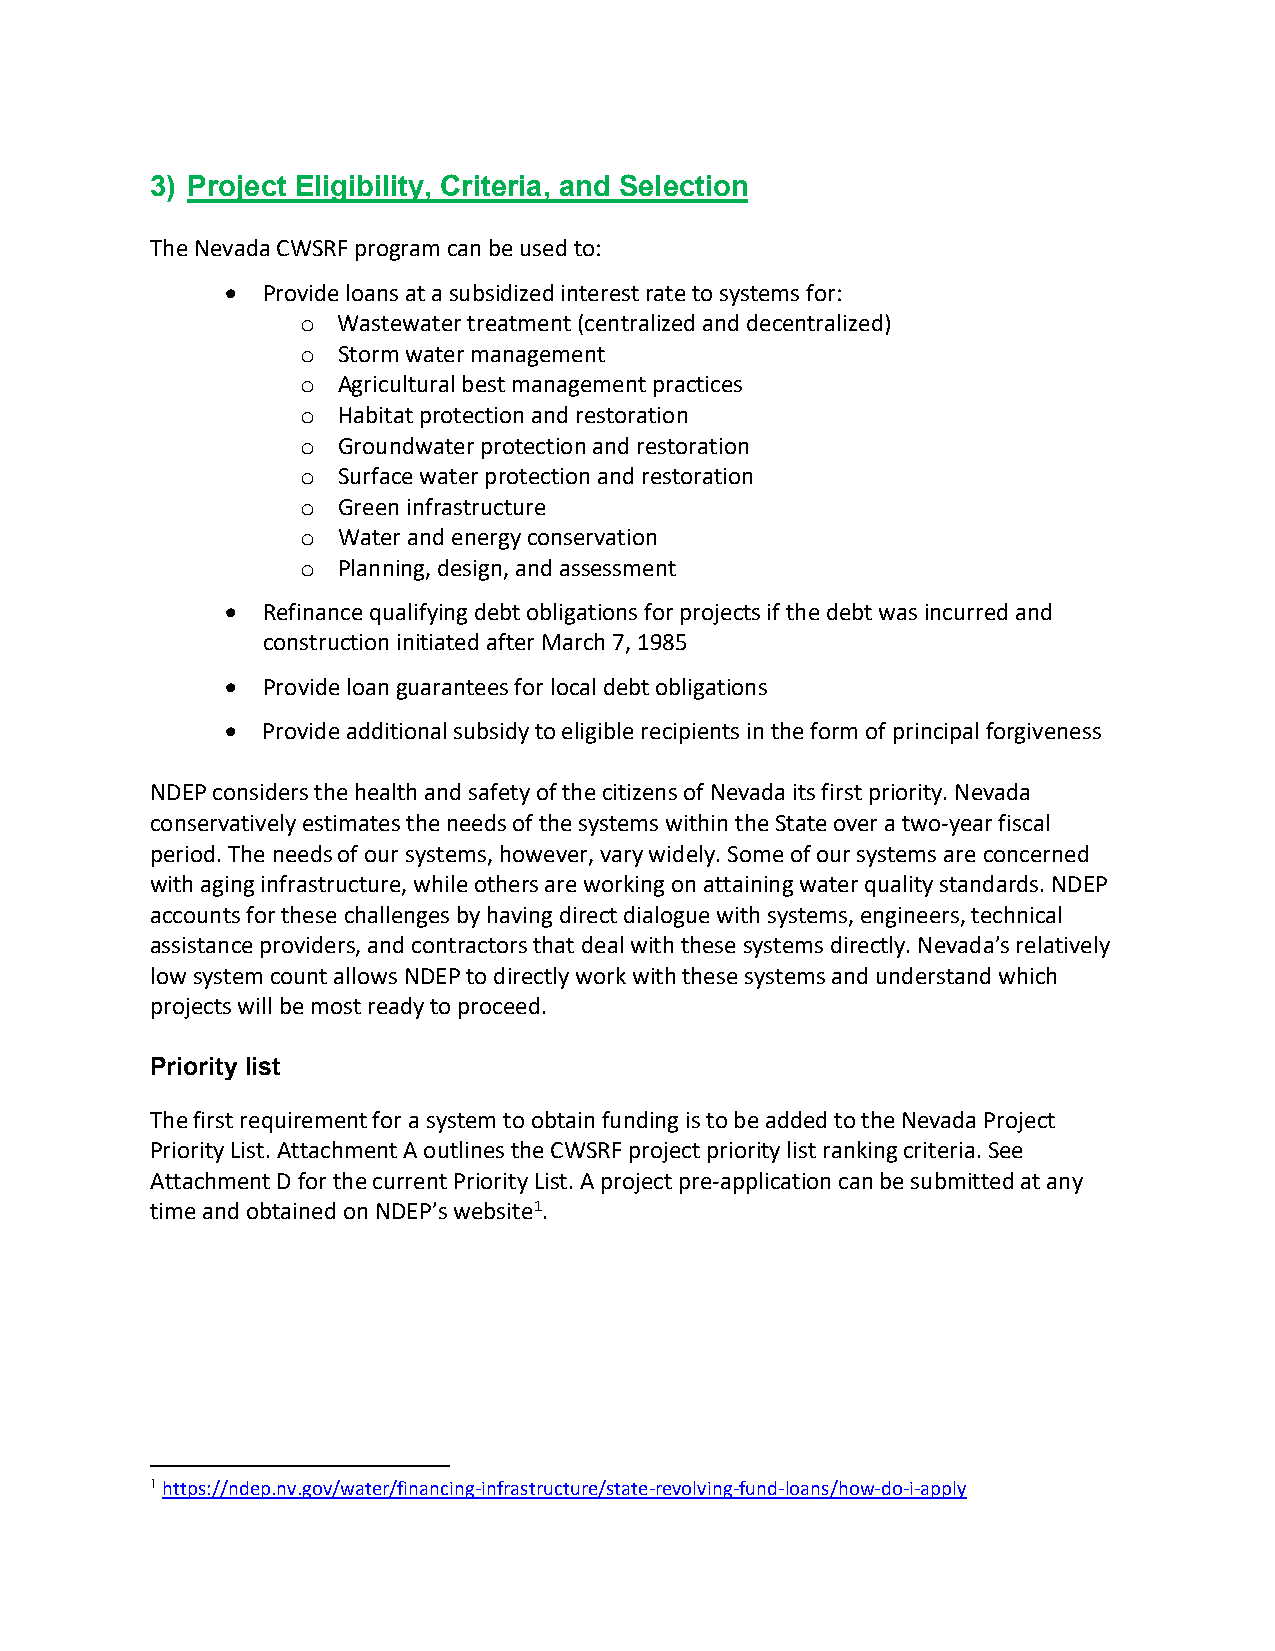
3) Project Eligibility, Criteria, and Selection
 The Nevada CWSRF program can be used to:
 • Provide loans at a subsidized interest rate to systems for:
 Wastewater treatment (centralized and decentralized)
 o
 Storm water management
 o
 Agricultural best management practices
 o
 Habitat protection and restoration
 o
 Groundwater protection and restoration
 o
 Surface water protection and restoration
 o
 Green infrastructure
 o
 Water and energy conservation
 o
 Planning, design, and assessment
 o
 • Refinance qualifying debt obligations for projects if the debt was incurred and
 construction initiated after March 7, 1985
 • Provide loan guarantees for local debt obligations
 • Provide additional subsidy to eligible recipients in the form of principal forgiveness
 NDEP considers the health and safety of the citizens of Nevada its first priority. Nevada
 conservatively estimates the needs of the systems within the State over a two-year fiscal
 period. The needs of our systems, however, vary widely. Some of our systems are concerned
 with aging infrastructure, while others are working on attaining water quality standards. NDEP
 accounts for these challenges by having direct dialogue with systems, engineers, technical
 assistance providers, and contractors that deal with these systems directly. Nevada’s relatively
 low system count allows NDEP to directly work with these systems and understand which
 projects will be most ready to proceed.
 Priority list
 The first requirement for a system to obtain funding is to be added to the Nevada Project
 Priority List. Attachment A outlines the CWSRF project priority list ranking criteria. See
 Attachment D for the current Priority List. A project pre-application can be submitted at any
 time and obtained on NDEP’s website1.
 1 https://ndep.nv.gov/water/financing-infrastructure/state-revolving-fund-loans/how-do-i-apply